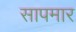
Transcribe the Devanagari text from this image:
सापमार